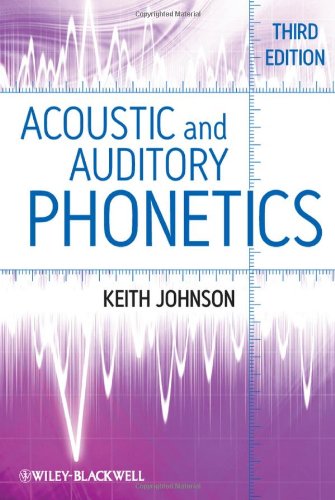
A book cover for Acoustic and Auditory Phonetics; Keith Johnson; Reference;